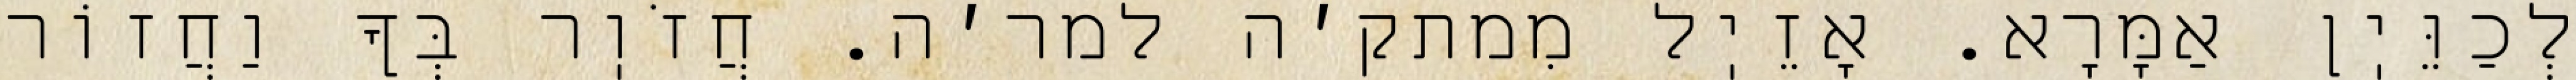
לְכַוֵּיֽן אַמָּרָא. אָזֵיֽל מִמתק׳ה למר׳ה. חֲזֹוֽר בְּךָ וַחֲזוֹר